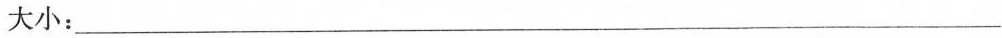
大小：___